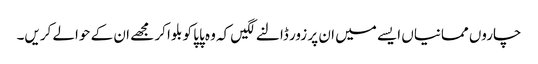
چاروں ممانیاں ایسے میں ان پر زور ڈالنے لگیں کہ وہ پاپا کو بلوا کر مجھے ان کے حوالے کریں۔